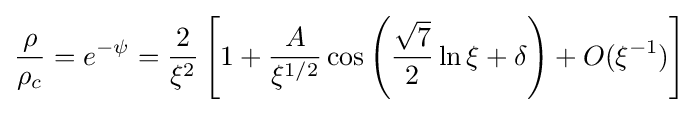
{\frac {\rho }{\rho _{c}}}=e^{-\psi }={\frac {2}{\xi ^{2}}}\left[1+{\frac {A}{\xi ^{1/2}}}\cos \left({\frac {\sqrt {7}}{2}}\ln \xi +\delta \right)+O(\xi ^{-1})\right]